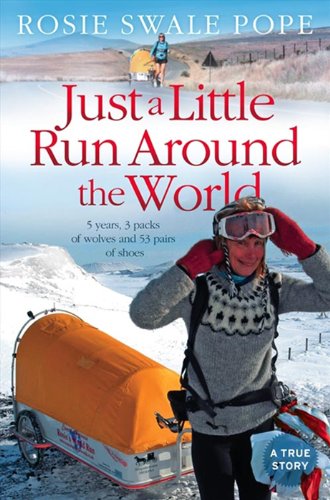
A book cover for Just a Little Run Around the World: 5 Years, 3 Packs of Wolves and 53 Pairs of Shoes; Rosie Swale Pope; Sports & Outdoors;